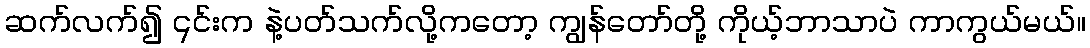
ဆက်လက်၍ ၎င်းက နဲ့ပတ်သက်လို့ကတော့ ကျွန်တော်တို့ ကိုယ့်ဘာသာပဲ ကာကွယ်မယ်။